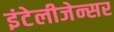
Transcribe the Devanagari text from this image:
इंटेलीजेन्सर